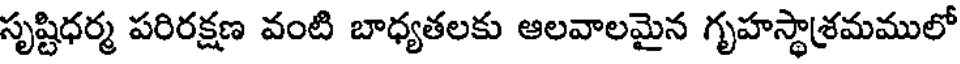
సృష్టిధర్మ పరిరక్షణ వంటి బాధ్యతలకు ఆలవాలమైన గృహస్థాశ్రమములో